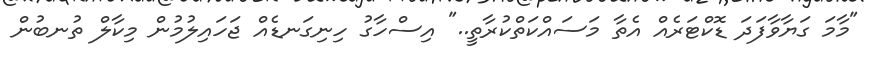
"މާމަ ގަޔާވާފަދަ ޑޮކްޓަރެއް އެތާ މަސައްކަތްކުރާތީ.." އިސްހާގު ހިނިގަނޑެއް ޖަހައިލުމުން މިކާލް ތުނބުން